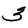
Digit: 3